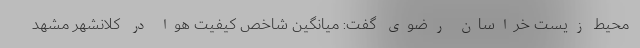
محیط زیست خراسان رضوی گفت: میانگین شاخص کیفیت هوا در کلانشهر مشهد